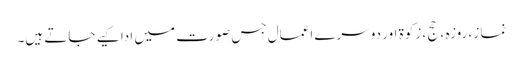
نماز ، روزہ ، حج ، زکوۃ اور دوسرے اعمال جس صورت میں ادا کیے جاتے ہیں۔